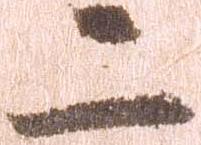
二